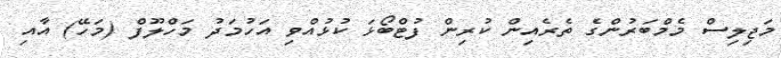
މަޖިލިސް މެމްބަރުންގެ ތެރެއިން ކުރިން ފުޓްބޯޅަ ކުޅުއްވި އަހުމަދު މަހްލޫފް (މަހޭ) އާއި